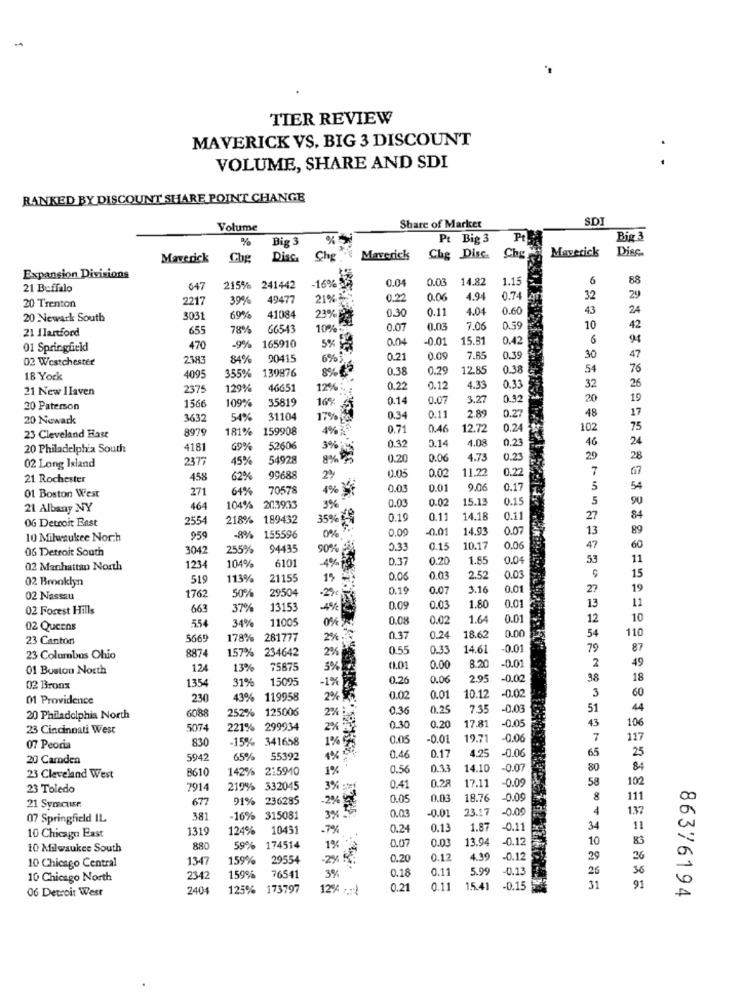
-
TIER REVIEW
MAVERICK VS. BIG 3 DISCOUNT
. .
VOLUME, SHARE AND SDI
RANKED BY DISCOUNT SHARE POINT CHANGE
SD
Volume
Share of Market
%
Big 3
%
Pt Big 3
Pt
Big 3
Maverick
Diec
Maverick
Disc.
Maverick
Che Disc.
Expansion Divisions
0.04
0.03
14.82
1.15
6
88
21 Buffalo
647
215% 241442
-16% 35
2217
39%
49477
0.22
0.06
4.94
0.74
32
29
20 Trenton
0.30
0.11
4.04
0.60
43
24
20 Newark South
3031
69%
41084
23% B
42
21 Ilartford
655
78%
665-13
10%
0.07
0.03
7.06
0.59
10
165910
004
0.0
15.81
0.42
6
94
01 Springfield
470
-9%
5%
02 Westchester
2383
84%
20415
6%
0.21
0.0
7.85
0.39
30
47
355% 139876
0.38
0.29
12.85
0.38
54
76
18 York
4095
26
21 New IIaven
2375
129%
46651
0.22
0.12
4.33
0.33
32
1566
109%
35819
16%
0.14
0.07
3.2
0.32
20
19
20 Paterson
2.89
17
20 Newark
3632
54%
31104
17%%%
0.34
0.11
0.27
48
8979
181%
159908
4%
0.71
0.46
12.72
0.24 ₺
102
75
23 Cleveland Hast
0.14
1.08
0.23
46
24
20 Philadelphia South
4181
69%
52606
3% M
0.32
2377
45%
54928
8%
0.20
0.06
4.73
0.23
29
28
02 Long Island
11.22
0.22
7
67
21 Rochester
458
62%
99688
0.05
0.02
271
64%
70578
0.00
0.01
9.06
0.17
5
54
01 Boston West
3%
0.03
0.02
15.13
0.15
5
90
21 Albany NY
464
104%
203933
OG Detroit East
2554
218% 189432
35% %
0.19
0.11
14.18
0.11
27
84
0%
0.09
0.01
14.93
0.07
13
89
10 Milwaukee Norch
959
-8%
155596
06 Detroit South
3042
255%
94435
50%
5.33
0.15
10.17
0.00
47
60
6101
-4% F
D.37
0.20
1.85
0.04
53
11
02 Manhattan North
1234
104%
15
02 Brooklyn
519
113%
2115
15 -
0.06
0.03
2.52
0.03
50%
29504
.2%
0.19
0.07
3.16
0.01
27
19
02 Nassau
1762
0.01
11
02 Forest Hills
663
37%
13153
0.09
0.03
1.80
13
554
11005
0%
0.08
0.02
1.64
0.01
12
10
02 Queens
34%
0.00
110
23 Canton
566
178%
281777
2%
0.37
0.24
18.62
54
887
157% 234642
2%
0.55
0.33
14.61
0.01
79
87
23 Columbus Ohio
8.2
49
01 Buston North
124
13%
75875
5%
0.01
0.00
-0.01
2
135
31%
15095
-1%
0.26
0.00
2.95
0.02
38
18
02 Bronx
01 Providence
230
43% 119958
2%
0.02
0.01
10.12
-0.00
3
60
6088
252% 125006
2%
...
0.36
0.25
7.35
-0.03
51
44
20 Philadelphia North
17.81
43
106
23 Cincinnati West
5074
221% 299934
2%
0.30
0.20
-0.05
830
-15% 341658
0.05
-0.01
19.71
-0.06
7
117
07 Peoria
0.17
4.25
65
25
20 Camden
5942
65% 55392
0.46
-0.06
B610
142% 2:5910
1%
0.56
0.33
14.10
0.07
80
84
23 Cleveland West
58
102
23 Toledo
7914
219% 332045
3% ** 1
0.41
0.28
17.11
-0.0
677
91% 236285
0.05
0.03
18.76
-0.09
8
111
21 Symouse
2%
-0.01
23.17
0.00
4
137
07 Springfield IL
3.81
16% 315081
0.03
1319
124%
10431
.7%
0.24
0.13
1.87
-0.11
34
11
10 Chicago East
0.07
0.03
13.94
0.12
10
83
10 Milwaukee South
880
59% 174514
1%
1347
159%
29554
0.20
0.12
4.39
-0.12
29
10 Chicago Central
3%
0.18
0.11
5.99
0.13
26
10 Chicago North
2342
159%
76541
0
06 Detroit West
2404
125% 173797
12% -.: )
0.21
0.11
15.41
-0.15
31
91
86376194
A